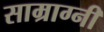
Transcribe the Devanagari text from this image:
साम्राग्नी